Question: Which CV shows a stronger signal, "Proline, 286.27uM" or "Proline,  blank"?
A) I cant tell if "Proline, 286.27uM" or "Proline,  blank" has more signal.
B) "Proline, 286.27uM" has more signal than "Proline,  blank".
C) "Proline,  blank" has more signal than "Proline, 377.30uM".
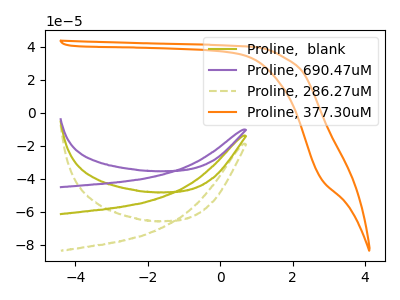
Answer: <think>The olive curve "Proline,  blank" has no peaks. The purple curve "Proline, 690.47uM" has no peaks. The olive dashed curve "Proline, 286.27uM" has no peaks. The orange curve "Proline, 377.30uM" has no peaks.
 Neither "Proline, 286.27uM" or "Proline,  blank" have any peaks.</think>
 <answer>A) I cant tell if "Proline, 286.27uM" or "Proline,  blank" has more signal.</answer>
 <eval>A</eval>